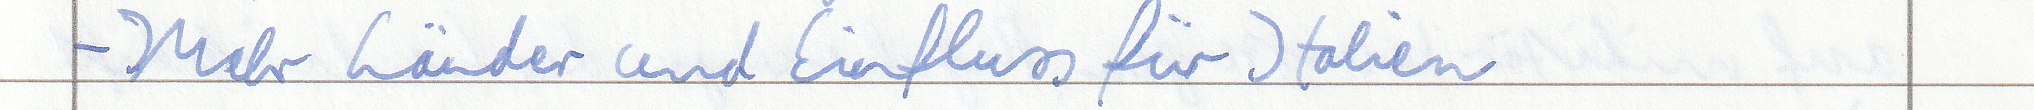
- Mehr Länder und Einfluss für Italien